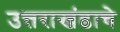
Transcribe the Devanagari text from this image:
उत्तराखंडाचे